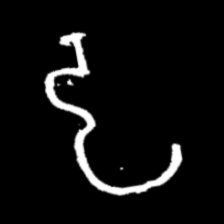
Pyu character \u2014 Myanmar letter: ဠ (romanized: lla)